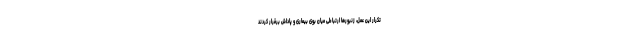
تکرار این عمل، زنبورها ارتباطی میان بوی بیماری و پاداش برقرار کردند